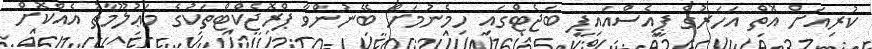
ކުރިއަށް އޮތް އަހަރުގެ ޕީއެސްއައިޕީ ބަޖެޓްގައި ހިމެނުމަށް ބޭނުންވާ ޕްރޮޖެކްޓްތަކުގެ މަޢުލޫމާތު އެއްކޮށް